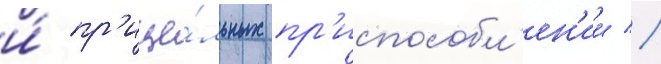
и́ пр'ице́льных пр'испособл'ен'ии //